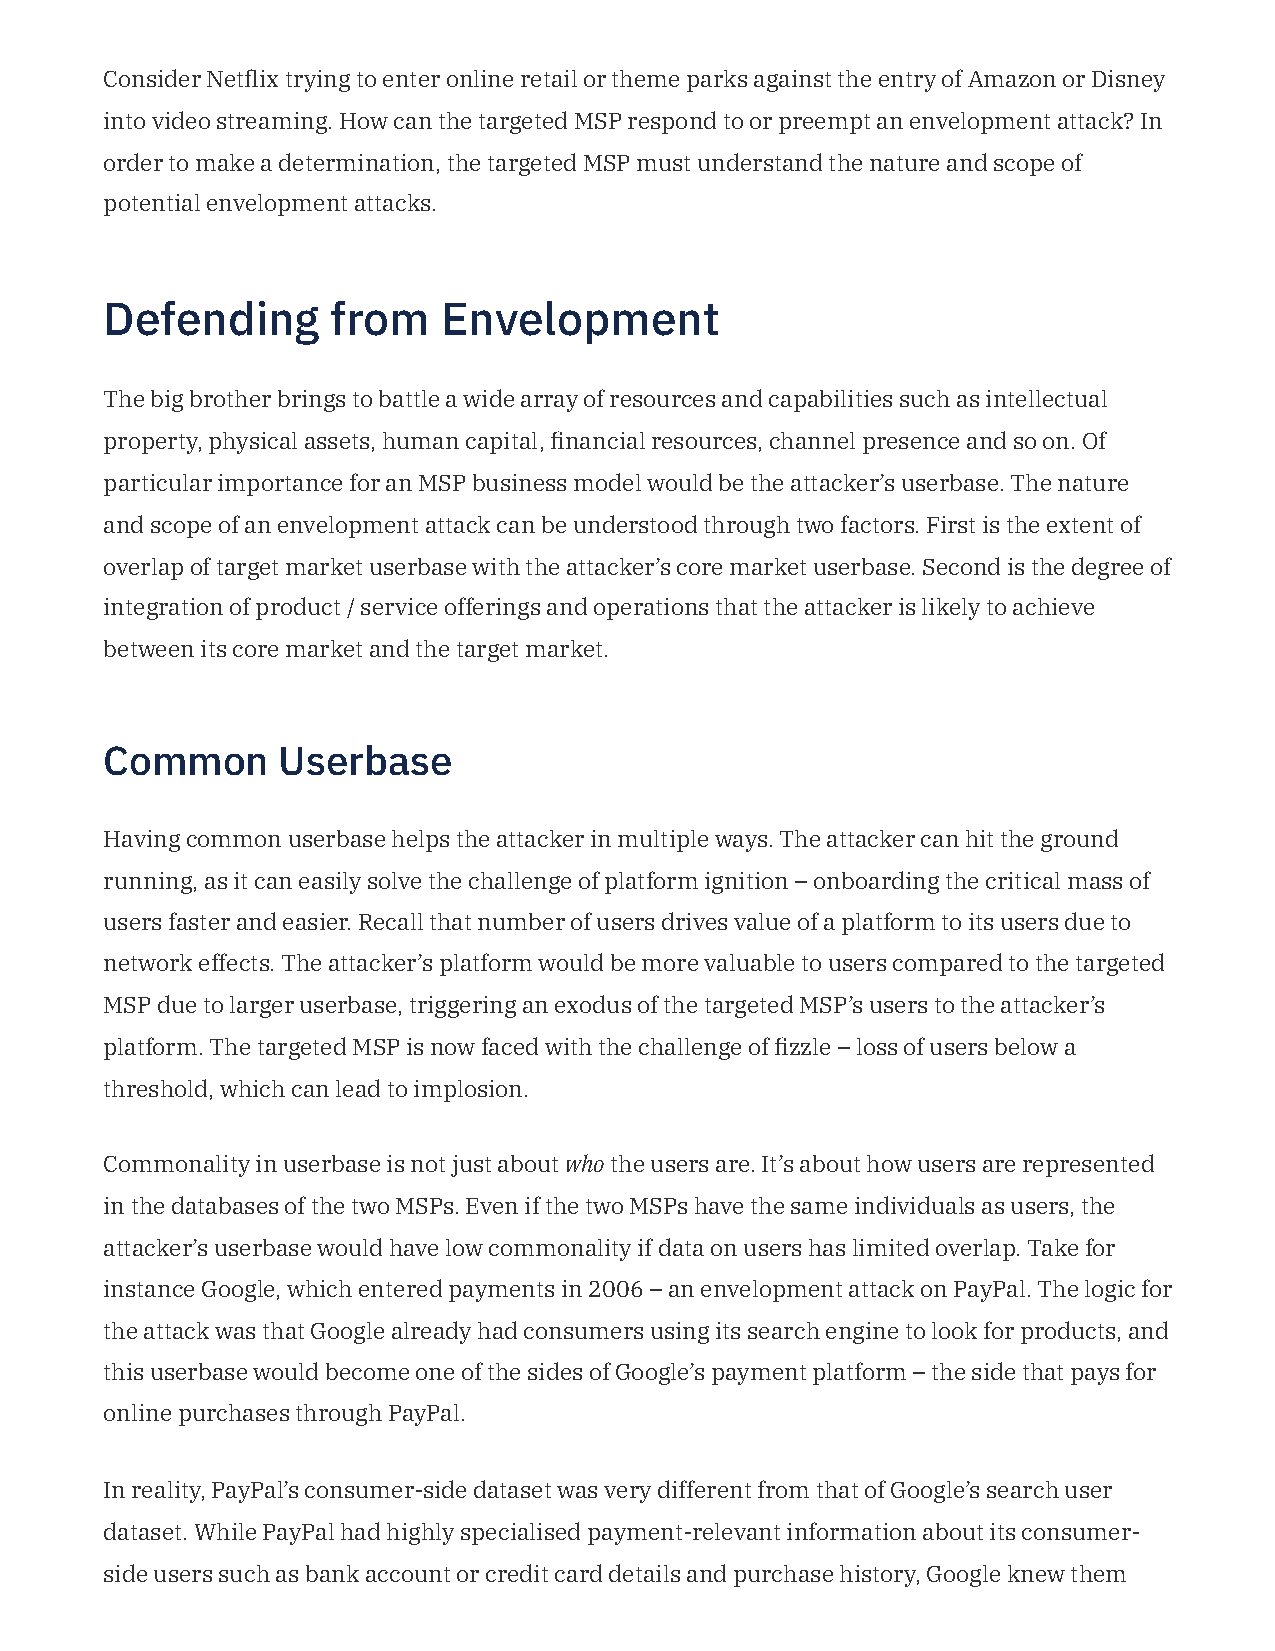
Consider Netix trying to enter online retail or theme parks against the entry of Amazon or Disney
 into video streaming. How can the targeted MSP respond to or preempt an envelopment attack? In
 order to make a determination, the targeted MSP must understand the nature and scope of
 potential envelopment attacks.
 Defending      from   Envelopment
 The big brother brings to battle a wide array of resources and capabilities such as intellectual
 property, physical assets, human capital, nancial resources, channel presence and so on. Of
 particular importance for an MSP business model would be the attacker’s userbase. The nature
 and scope of an envelopment attack can be understood through two factors. First is the extent of
 overlap of target market userbase with the attacker’s core market userbase. Second is the degree of
 integration of product / service offerings and operations that the attacker is likely to achieve
 between its core market and the target market.
 Common     Userbase
 Having common userbase helps the attacker in multiple ways. The attacker can hit the ground
 running, as it can easily solve the challenge of platform ignition – onboarding the critical mass of
 users faster and easier. Recall that number of users drives value of a platform to its users due to
 network effects. The attacker’s platform would be more valuable to users compared to the targeted
 MSP due to larger userbase, triggering an exodus of the targeted MSP’s users to the attacker’s
 platform. The targeted MSP is now faced with the challenge of zzle – loss of users below a
 threshold, which can lead to implosion.
 Commonality in userbase is not just about who the users are. It’s about how users are represented
 in the databases of the two MSPs. Even if the two MSPs have the same individuals as users, the
 attacker’s userbase would have low commonality if data on users has limited overlap. Take for
 instance Google, which entered payments in 2006 – an envelopment attack on PayPal. The logic for
 the attack was that Google already had consumers using its search engine to look for products, and
 this userbase would become one of the sides of Google’s payment platform – the side that pays for
 online purchases through PayPal.
 In reality, PayPal’s consumer-side dataset was very different from that of Google’s search user
 dataset. While PayPal had highly specialised payment-relevant information about its consumer-
 side users such as bank account or credit card details and purchase history, Google knew them